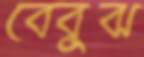
বেবুঝ